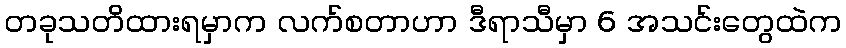
တခုသတိထားရမှာက လက်စတာဟာ ဒီရာသီမှာ 6 အသင်းတွေထဲက